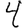
Digit: 4